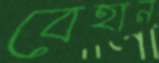
বেহান